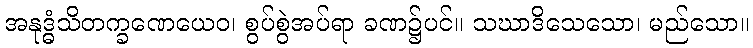
အနုဒ္ဓံသိတက္ခဏေယေဝ၊ စွပ်စွဲအပ်ရာ ခဏ၌ပင်။ သဃာဒိသေသော၊ မည်သော။